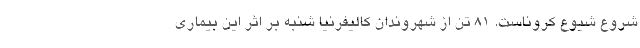
شروع شیوع کروناست. 81 تن از شهروندان کالیفرنیا شنبه بر اثر این بیماری